Document type: Sale
Year: 1435
Scribe: Pere Soler
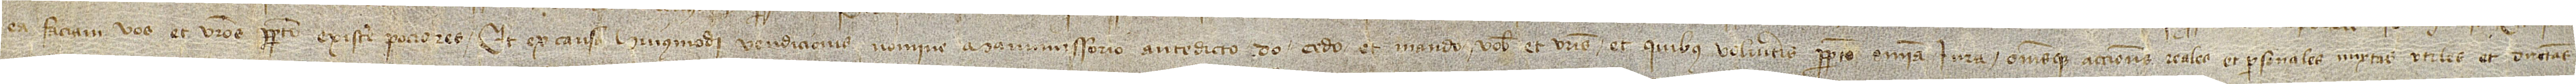
ea faciam vos et vestros perpetuo existere pociores. Et ex causa huiusmodi vendicionis nomine manumissorio antedicto do, cedo et mando vobis et vestris et quibus volueritis perpetuo omnia iura omnesque acciones reales et personales, mixtas, utiles et directas,